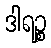
ဒါရဉ္စ